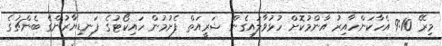
މިރޭ 9:10 އެހާކަންހާއިރު އާންމުކޮށް ހުޅުވާލައިގެން ޝަރީއަތް ފެށުމުން ހައިކޯޓުގެ ފަނޑިޔާރުންގެ ބެންޗުގެ